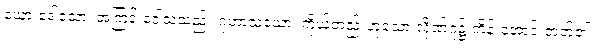
ယော ဒေါသော၊ အကြင် ဒေါသသည်။ ဂုဟာသယော၊ ကိုယ်တည်းဟူသော လိုဏ်ဂူ၌ ကိန်းအောင်းတတ်၏။